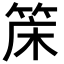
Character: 𬕌